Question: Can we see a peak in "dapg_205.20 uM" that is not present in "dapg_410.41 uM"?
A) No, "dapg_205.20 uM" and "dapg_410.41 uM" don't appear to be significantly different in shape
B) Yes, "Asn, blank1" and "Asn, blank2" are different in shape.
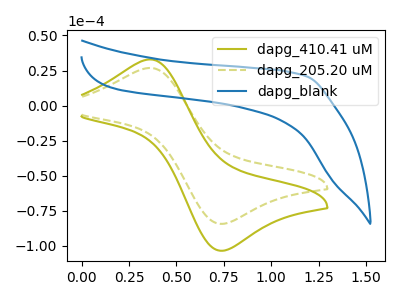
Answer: <think>The olive curve "dapg_410.41 uM" has an anodic peak at (0.35V, 32.90uA) and a cathodic peak at (0.75V, -103.35uA). The olive dashed curve "dapg_205.20 uM" has an anodic peak at (0.35V, 26.80uA) and a cathodic peak at (0.75V, -84.20uA). The blue curve "dapg_blank" has no peaks.
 All the peaks in "dapg_205.20 uM" have a peak in "dapg_410.41 uM" at the same potential. Every peak in "dapg_205.20 uM" is lower than every peak in "dapg_410.41 uM".</think>
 <answer>A) No, "dapg_205.20 uM" and "dapg_410.41 uM" don't appear to be significantly different in shape</answer>
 <eval>A</eval>